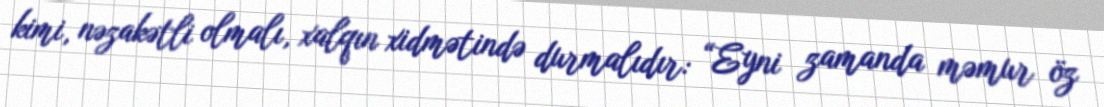
kimi, nəzakətli olmalı, xalqın xidmətində durmalıdır: “Eyni zamanda məmur öz